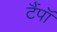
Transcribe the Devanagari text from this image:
टैंपॉ